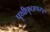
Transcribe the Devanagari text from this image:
पृथ्वीपृष्ठापासून